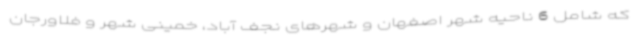
که شامل 6 ناحیه شهر اصفهان و شهرهای نجف آباد، خمینی شهر و فلاورجان